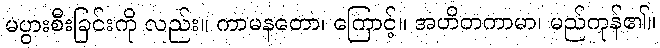
မပွားစီးခြင်းကို လည်း။ ကာမနတော၊ ကြောင့်။ အဟိတကာမာ၊ မည်ကုန်၏။